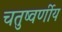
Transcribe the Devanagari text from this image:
चतुष्वर्णीय